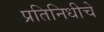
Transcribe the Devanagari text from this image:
प्रतिनिधीचे